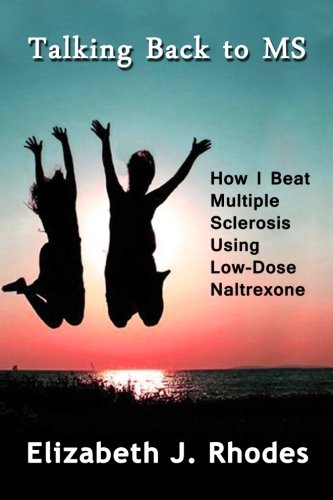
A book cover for Talking Back to MS: How I Beat Multiple Sclerosis Using Low-Dose Naltrexone; Elizabeth J Rhodes; Health, Fitness & Dieting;